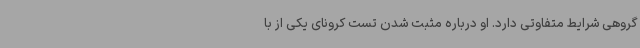
گروهی شرایط متفاوتی دارد. او درباره مثبت شدن تست کرونای یکی از با